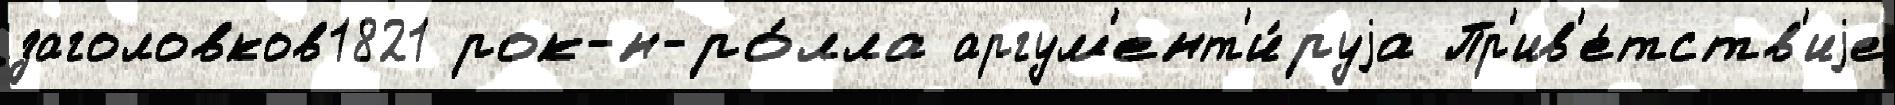
заголовков1821 рок-н-ро́лла аргум'ент'и́руjа Пр'ив'е́тств'иjе